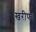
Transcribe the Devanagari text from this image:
खरीफ।